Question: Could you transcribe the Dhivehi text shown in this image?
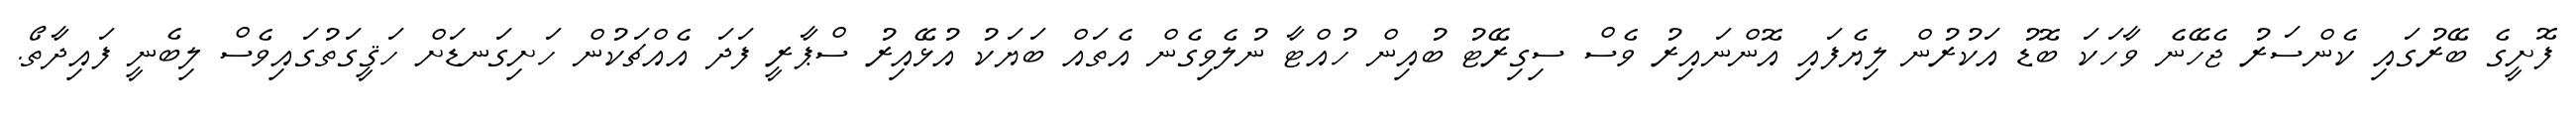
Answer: ފޮށީގެ ބޭރުގައި ކެންސަރު ޖެހޭނެ ވާހަކަ ބޮޑު އަކުރުން ލިޔެފައި އޮންނައިރު ވެސް ސިގިރޭޓު ބުއިން ހުއްޓާ ނުލެވިގެން އެތައް ބަޔަކު އުޅޭއިރު ސްޕާރީ ފަދަ އެއްޗަކުން ހަށިގަނޑަށް ހަޤީގަތުގައިވެސް ލިބެނީ ފައިދާތޯ.